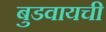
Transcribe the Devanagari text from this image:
बुडवायची